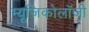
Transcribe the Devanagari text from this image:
म्‍यूजिकोलॉजी